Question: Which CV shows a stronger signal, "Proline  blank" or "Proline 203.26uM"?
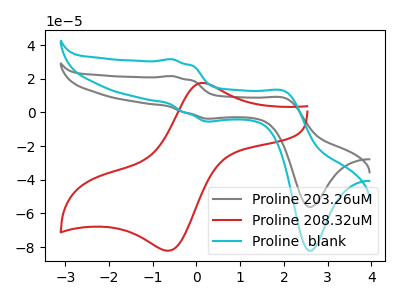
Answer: <think>The gray curve "Proline 203.26uM" has anodic peaks at (-0.55V, 21.65uA) (2.05V, 8.45uA) and cathodic peaks at (0.35V, -3.70uA) (2.60V, -56.20uA). The red curve "Proline 208.32uM" has an anodic peak at (0.15V, 17.50uA) and a cathodic peak at (-0.60V, -82.05uA). The cyan curve "Proline  blank" has anodic peaks at (-0.55V, 31.65uA) (2.05V, 12.35uA) and cathodic peaks at (0.35V, -5.40uA) (2.60V, -82.15uA).
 All the peaks in "Proline  blank" have a peak in "Proline 203.26uM" at the same potential. Every peak in "Proline  blank" is higher than every peak in "Proline 203.26uM".</think>
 <answer>"Proline  blank" has more signal than "Proline 203.26uM".</answer>
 <eval>more_signal</eval>